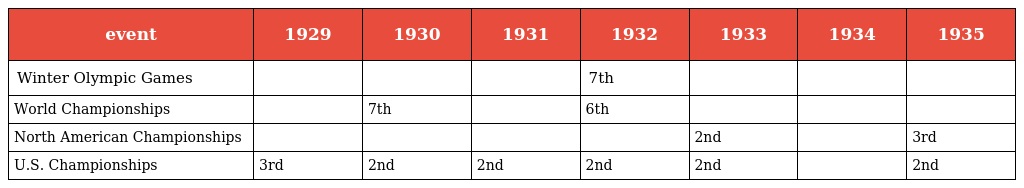
| event | 1929 | 1930 | 1931 | 1932 | 1933 | 1934 | 1935 |
 | --- | --- | --- | --- | --- | --- | --- | --- |
 | Winter Olympic Games |  |  |  | 7th |  |  |  |
 | World Championships |  | 7th |  | 6th |  |  |  |
 | North American Championships |  |  |  |  | 2nd |  | 3rd |
 | U.S. Championships | 3rd | 2nd | 2nd | 2nd | 2nd |  | 2nd |